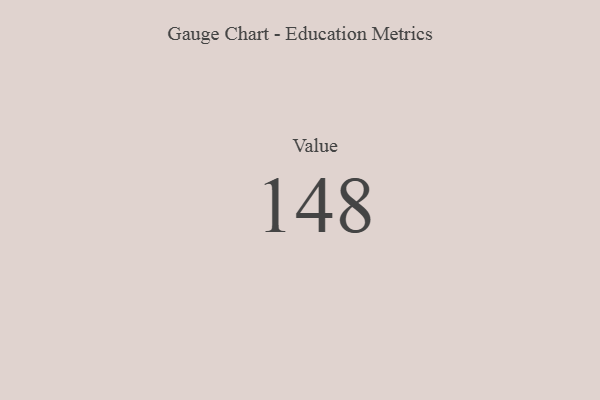
{"axis": {"x": "Metric", "y": "Value"}, "legend": [""], "data": [{"x": "Value", "y": 148, "type": ""}]}